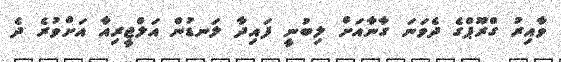
ވާއިރު ގްރޫޕްގެ ދެވަނަ ގާނާއަށް ލިބުނީ ފައިދާ ލަނޑުން އަލްޖީރިއާ އަށްވުރެ ދެ